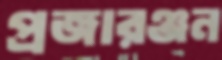
প্রজারঞ্জন